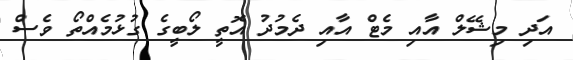
އަދި މިޝޭލް އާއި މެޓް އާއި ދެމުދު އޮތީ ލޯބީގެ ގުޅުމެއްތޯ ވެސް